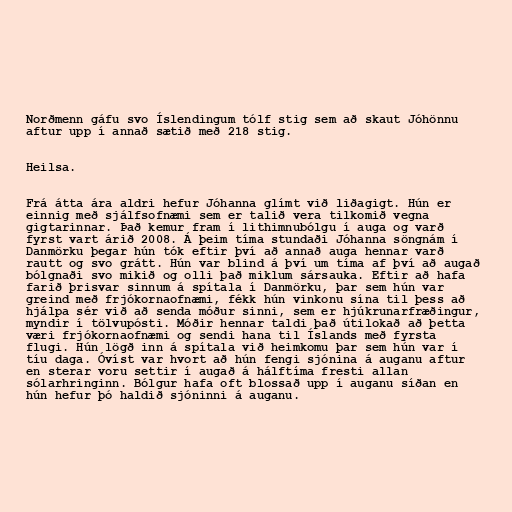
Norðmenn gáfu svo Íslendingum tólf stig sem að skaut Jóhönnu
aftur upp í annað sætið með 218 stig.

Heilsa.

Frá átta ára aldri hefur Jóhanna glímt við liðagigt. Hún er
einnig með sjálfsofnæmi sem er talið vera tilkomið vegna
gigtarinnar. Það kemur fram í lithimnubólgu í auga og varð
fyrst vart árið 2008. Á þeim tíma stundaði Jóhanna söngnám í
Danmörku þegar hún tók eftir því að annað auga hennar varð
rautt og svo grátt. Hún var blind á því um tíma af því að augað
bólgnaði svo mikið og olli það miklum sársauka. Eftir að hafa
farið þrisvar sinnum á spítala í Danmörku, þar sem hún var
greind með frjókornaofnæmi, fékk hún vinkonu sína til þess að
hjálpa sér við að senda móður sinni, sem er hjúkrunarfræðingur,
myndir í tölvupósti. Móðir hennar taldi það útilokað að þetta
væri frjókornaofnæmi og sendi hana til Íslands með fyrsta
flugi. Hún lögð inn á spítala við heimkomu þar sem hún var í
tíu daga. Óvíst var hvort að hún fengi sjónina á auganu aftur
en sterar voru settir í augað á hálftíma fresti allan
sólarhringinn. Bólgur hafa oft blossað upp í auganu síðan en
hún hefur þó haldið sjóninni á auganu.